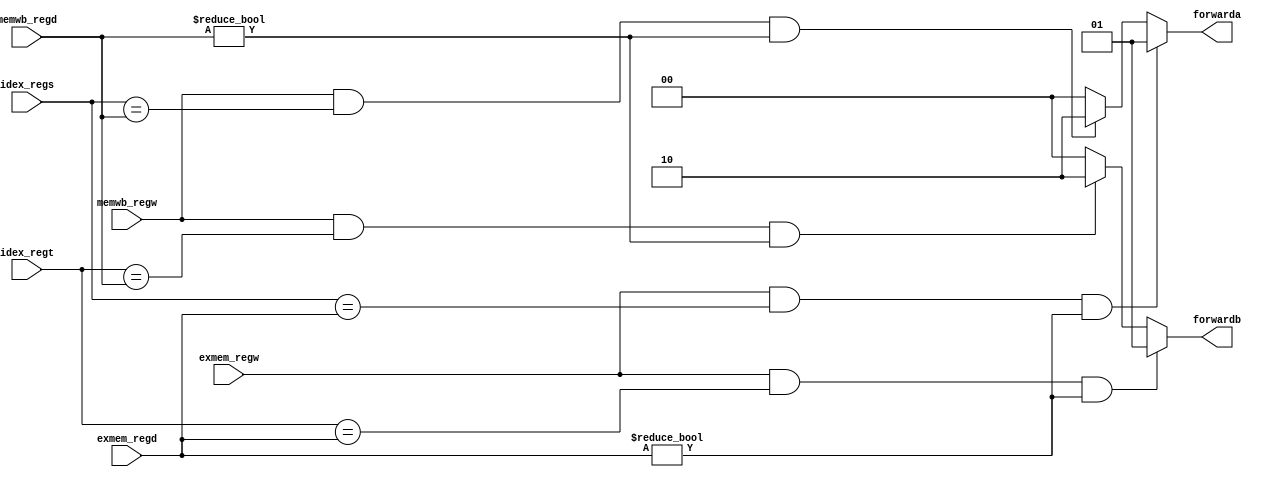
//////////////////////////////////////////////////////////////////////////////////
// Company:
// Engineer:
//
// Create Date:
// Design Name:
// Module Name:    Forwarding
// Project Name:
// Target Devices:
// Tool versions:
// Description:
//
// Dependencies:
//
// Revision:
// Revision
// Additional Comments:
//
//////////////////////////////////////////////////////////////////////////////////
module Forwarding(
            exmem_regw,
            memwb_regw,
            idex_regs,
            idex_regt,
            exmem_regd,
            memwb_regd,
            forwarda,
            forwardb
            );

input       exmem_regw;
input       memwb_regw;
input [4:0] idex_regs;
input [4:0] idex_regt;
input [4:0] exmem_regd;
input [4:0] memwb_regd;
output [1:0] forwarda;
output [1:0] forwardb;

reg [1:0] forwarda;
reg [1:0] forwardb;

always@(*) begin
    if(exmem_regw == 1'b1 && idex_regs == exmem_regd && exmem_regd != 5'd0)
        forwarda <= 2'b01;
    else if(memwb_regw == 1'b1 && idex_regs == memwb_regd && memwb_regd != 5'd0)
        forwarda <= 2'b10;
    else
        forwarda <= 2'b00;
end

always@(*) begin
    if(exmem_regw == 1'b1 && idex_regt == exmem_regd && exmem_regd != 5'd0)
        forwardb <= 2'b01;
    else if(memwb_regw == 1'b1 && idex_regt == memwb_regd && memwb_regd != 5'd0)
        forwardb <= 2'b10;
    else
        forwardb <= 2'b00;
end

endmodule